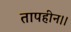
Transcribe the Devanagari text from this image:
तापहीन।।